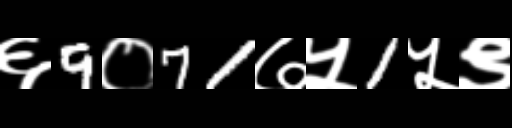
Text: ६9०71७५1५९